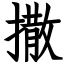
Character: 撒